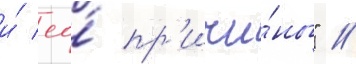
и́ ео́ пр'ичи́ны" //